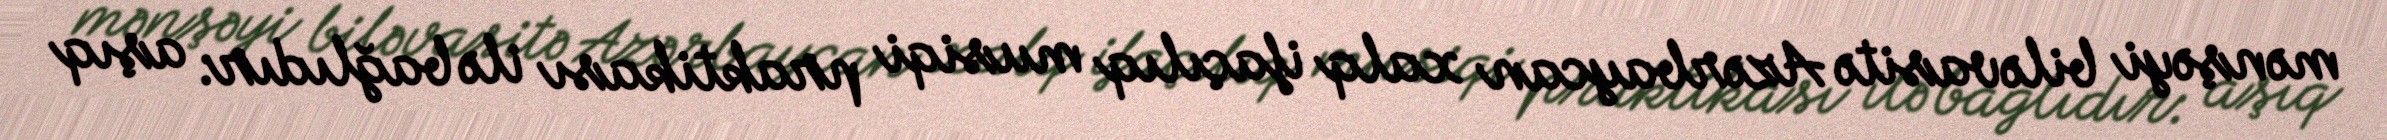
mənşəyi biləvasitə Azərbaycan xalq ifaçılıq musiqi praktikası ilə bağlıdır: aşıq